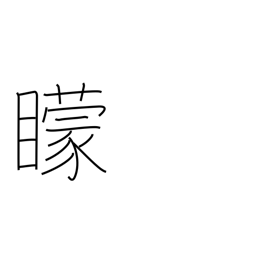
Meaning: blind